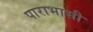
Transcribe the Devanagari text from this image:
पाराभासी